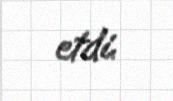
etdi.